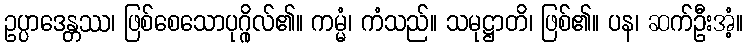
ဥပ္ပာဒေန္တဿ၊ ဖြစ်စေသောပုဂ္ဂိုလ်၏။ ကမ္မံ၊ ကံသည်။ သမုဋ္ဌာတိ၊ ဖြစ်၏။ ပန၊ ဆက်ဦးအံ့။